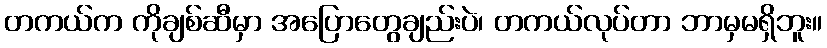
တကယ်က ကိုချစ်ဆီမှာ အပြောတွေချည်းပဲ၊ တကယ်လုပ်တာ ဘာမှမရှိဘူး။